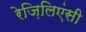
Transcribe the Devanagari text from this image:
रेज़िलिएंसी